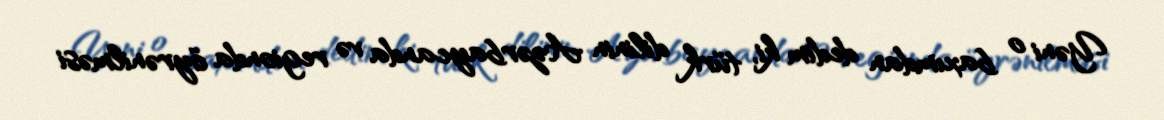
Yəni o baxımdan dedim ki, türk dilinin Azərbaycanda və regionda öyrənilməsi